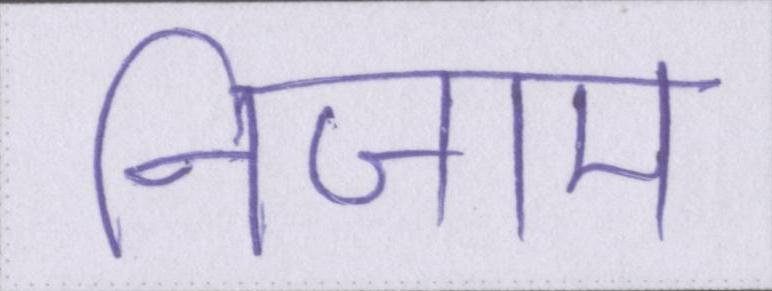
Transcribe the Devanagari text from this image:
निजाम